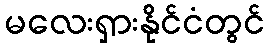
မလေးရှားနိုင်ငံတွင်